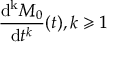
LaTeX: { \frac { \mathrm { d ^ { k } } M _ { 0 } } { \mathrm { d } t ^ { k } } } ( t ) , k \geqslant 1